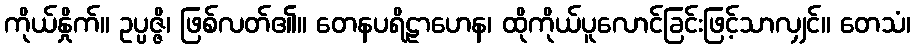
ကိုယ်နှိုက်။ ဥပ္ပဇ္ဇိ၊ ဖြစ်လတ်၏။ တေနပရိဠာဟေန၊ ထိုကိုယ်ပူလောင်ခြင်းဖြင့်သာလျှင်။ တေသံ၊